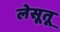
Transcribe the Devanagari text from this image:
लेसूतू